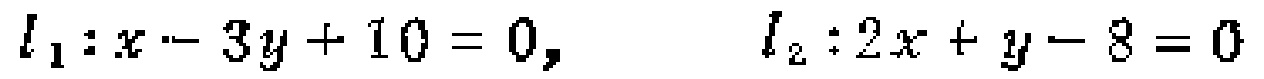
\(l_{1}:x - 3y + 10 = 0,\) \(l_{2}:2x + y - 8 = 0\)